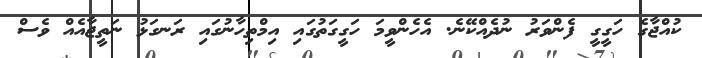
ކުއްޖާގެ ހަގީގީ ފެންވަރު ނުދެއްކޭނެ. އެހެންވީމަ ހަގީގަތުގައި އިމްތިހާނުގައި ރަނގަޅު ނަތީޖާއެއް ވެސް